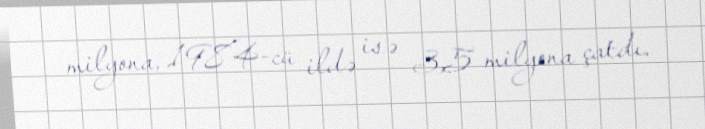
milyona, 1984-cü ildə isə 3,5 milyona çatdı.